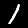
Label: 1